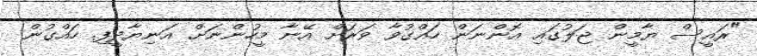
"ރައީސް ޔާމީން ޖަލުގައި އޮންނަން ހައްގުވާ ވަރަށް އޭނާ މީހުންނަށް އަނިޔާދީފި. ހައްގުން